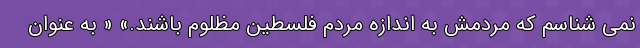
نمی شناسم که مردمش به اندازه مردم فلسطین مظلوم باشند.» « به عنوان